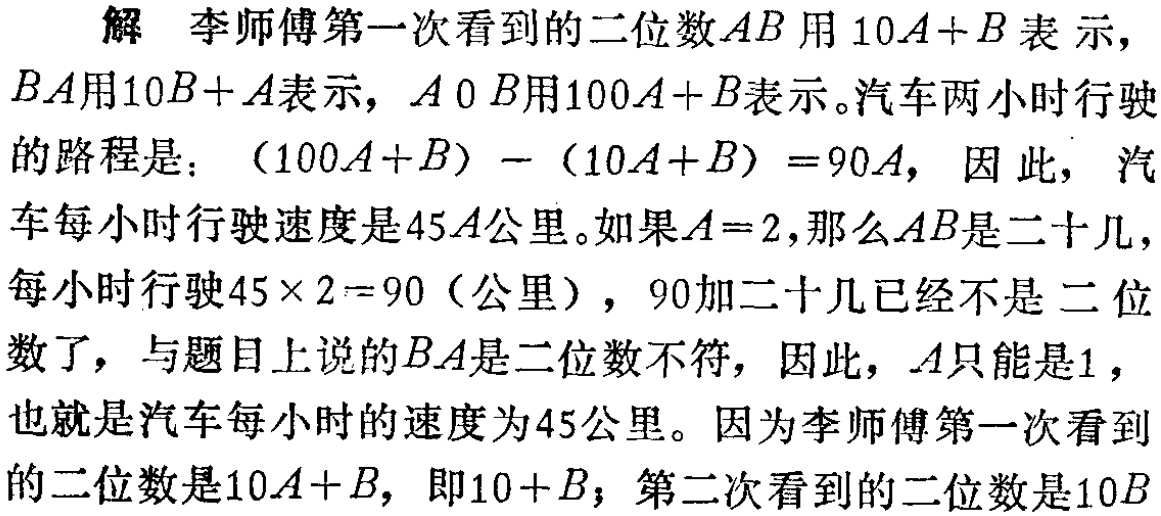
解 李师傅第一次看到的二位数\(AB\)用\(10A + B\)表示，\(BA\)用\(10B + A\)表示，\(A0B\)用\(100A + B\)表示。汽车两小时行驶的路程是：\((100A + B)-(10A + B)=90A\)，因此，汽车每小时行驶速度是\(45A\)公里。如果\(A = 2\)，那么\(AB\)是二十几，每小时行驶\(45\times2 = 90\)（公里），\(90\)加二十几已经不是二位数了，与题目上说的\(BA\)是二位数不符，因此，\(A\)只能是\(1\)，也就是汽车每小时的速度为\(45\)公里。因为李师傅第一次看到的二位数是\(10A + B\)，即\(10 + B\)；第二次看到的二位数是\(10B\)